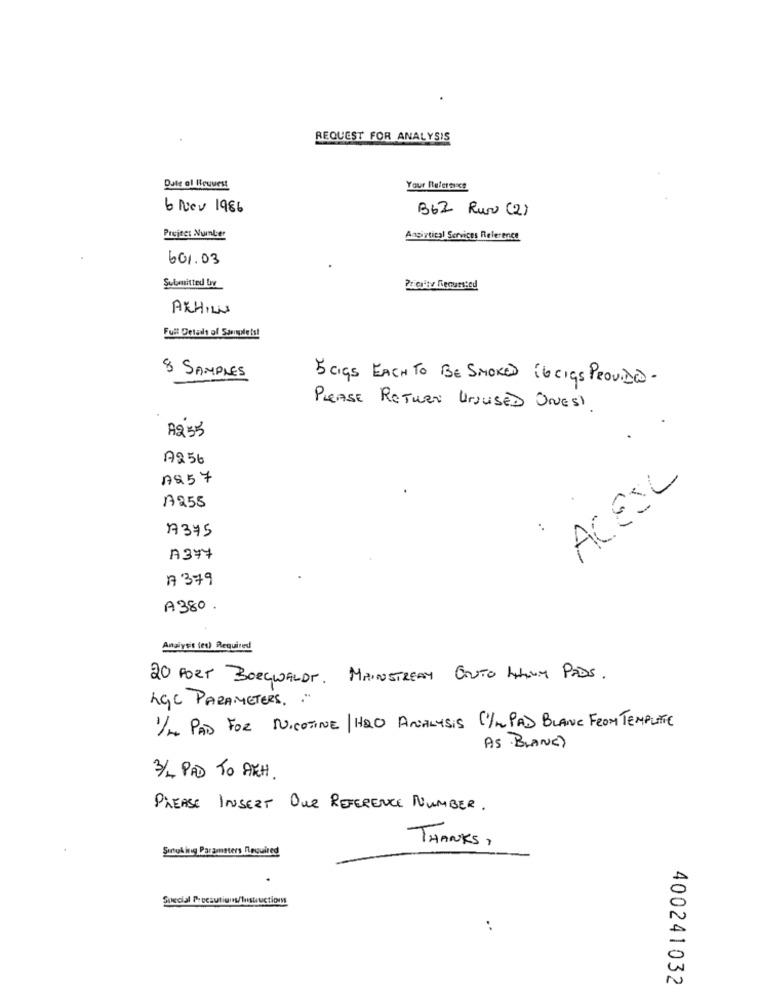
REQUEST FOR ANALYSIS
Date of Request
Your Itulerance
6 Nev 1986
B62 Run (2)
Project Number
Angirtical Services Reference
601.03
Sulomitted Lov
Pricity Remuested
ACHILL
Full Details of Sampleis!
8 SAMPLES
5 GIGS EACH TO BE SMOKED 16 Cigs PROVIDE-
PLEASE RETURN UNUSED ONESI
A235
A256
AS57
ACESL
A255
A375
A377
A 379
A380.
Analysit (et) Required
20 PORT BORGWALDT. MAINSTREAM ENTO AutoM PADS.
hgc PARAMETERS. . "
1/2 PAD FOR NICOTINE/ HOO ANALYSIS CYM PAD BLANC FROM TEMPLATE
AS BLANC)
3/L PAD TO ARCH.
PLEASE INSERT OUR REFERENCE NUMBER.
THANKS,
Sıntuk ing Parameters Required
Special Precautions/Instructions
..
400241032